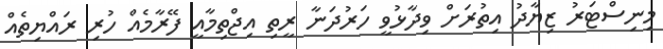
މިނިސްޓަރު ޒިޔާދު އިތުރަށް ވިދާޅުވީ ހަރުދަނާ ރީތި އިޖްތިމާއީ ފޭރާމެއް ހުރި ރައްޔިތެއް